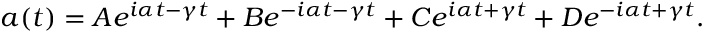
a ( t ) = A e ^ { i \alpha t - \gamma t } + B e ^ { - i \alpha t - \gamma t } + C e ^ { i \alpha t + \gamma t } + D e ^ { - i \alpha t + \gamma t } .